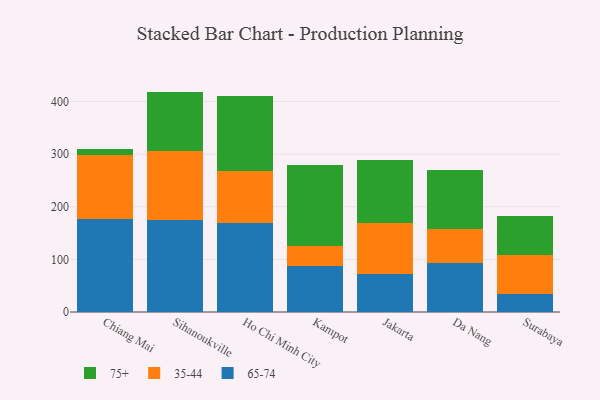
{"axis": {"x": "City", "y": "Website Visitors"}, "legend": ["35-44", "65-74", "75+"], "data": [{"x": "Chiang Mai", "y": 176.7, "type": "65-74"}, {"x": "Chiang Mai", "y": 121.1, "type": "35-44"}, {"x": "Chiang Mai", "y": 12.5, "type": "75+"}, {"x": "Sihanoukville", "y": 175.1, "type": "65-74"}, {"x": "Sihanoukville", "y": 129.9, "type": "35-44"}, {"x": "Sihanoukville", "y": 113.8, "type": "75+"}, {"x": "Ho Chi Minh City", "y": 169.2, "type": "65-74"}, {"x": "Ho Chi Minh City", "y": 98.1, "type": "35-44"}, {"x": "Ho Chi Minh City", "y": 143.8, "type": "75+"}, {"x": "Kampot", "y": 86.6, "type": "65-74"}, {"x": "Kampot", "y": 38.8, "type": "35-44"}, {"x": "Kampot", "y": 153.4, "type": "75+"}, {"x": "Jakarta", "y": 71.3, "type": "65-74"}, {"x": "Jakarta", "y": 97.0, "type": "35-44"}, {"x": "Jakarta", "y": 120.9, "type": "75+"}, {"x": "Da Nang", "y": 93.4, "type": "65-74"}, {"x": "Da Nang", "y": 64.9, "type": "35-44"}, {"x": "Da Nang", "y": 112.2, "type": "75+"}, {"x": "Surabaya", "y": 33.9, "type": "65-74"}, {"x": "Surabaya", "y": 74.7, "type": "35-44"}, {"x": "Surabaya", "y": 74.5, "type": "75+"}]}